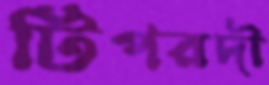
টিপরদী